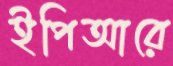
ইপিআরে